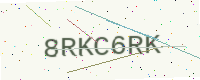
Text: 8RKC6RK